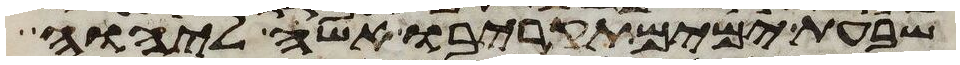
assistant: שבעת ימים תקריבו אשה ליהוה